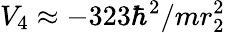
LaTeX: V_{4}\approx-323\hbar^{2}/mr_{2}^{2}